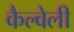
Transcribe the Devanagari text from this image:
कैल्वेली